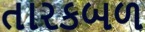
તારકબળ